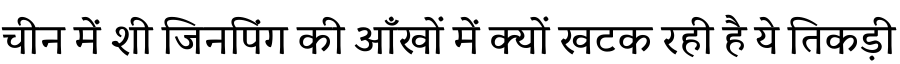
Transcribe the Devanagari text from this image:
चीन में शी जिनपिंग की आँखों में क्यों खटक रही है ये तिकड़ी